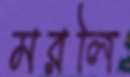
মরলি